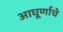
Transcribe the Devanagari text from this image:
आघूर्णाचे